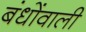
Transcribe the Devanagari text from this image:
बंधोंवाली